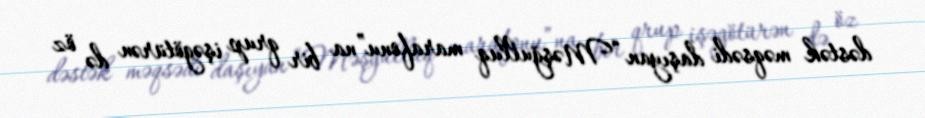
dəstək məqsədi daşıyan “Məşğulluq marafonu”na bir qrup işəgötürən də öz